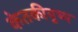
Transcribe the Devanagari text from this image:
केतकीपुष्प